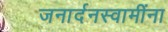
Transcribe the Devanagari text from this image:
जनार्दनस्वामींना